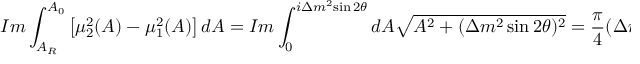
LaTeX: { \cal I } m \int _ { A _ { R } } ^ { A _ { 0 } } \left[ { \mu _ { 2 } ^ { 2 } ( A ) } - { \mu _ { 1 } ^ { 2 } ( A ) } \right] d A = { \cal I } m \int _ { 0 } ^ { i { \Delta { m } ^ { 2 } } { \sin 2 \theta } } d A \sqrt { { A } ^ { 2 } + ( { \Delta { m } ^ { 2 } \sin 2 \theta } ) ^ { 2 } } = \frac { \pi } { 4 } ( { \Delta { m } ^ { 2 } \sin 2 \theta } ) ^ { 2 } \; .